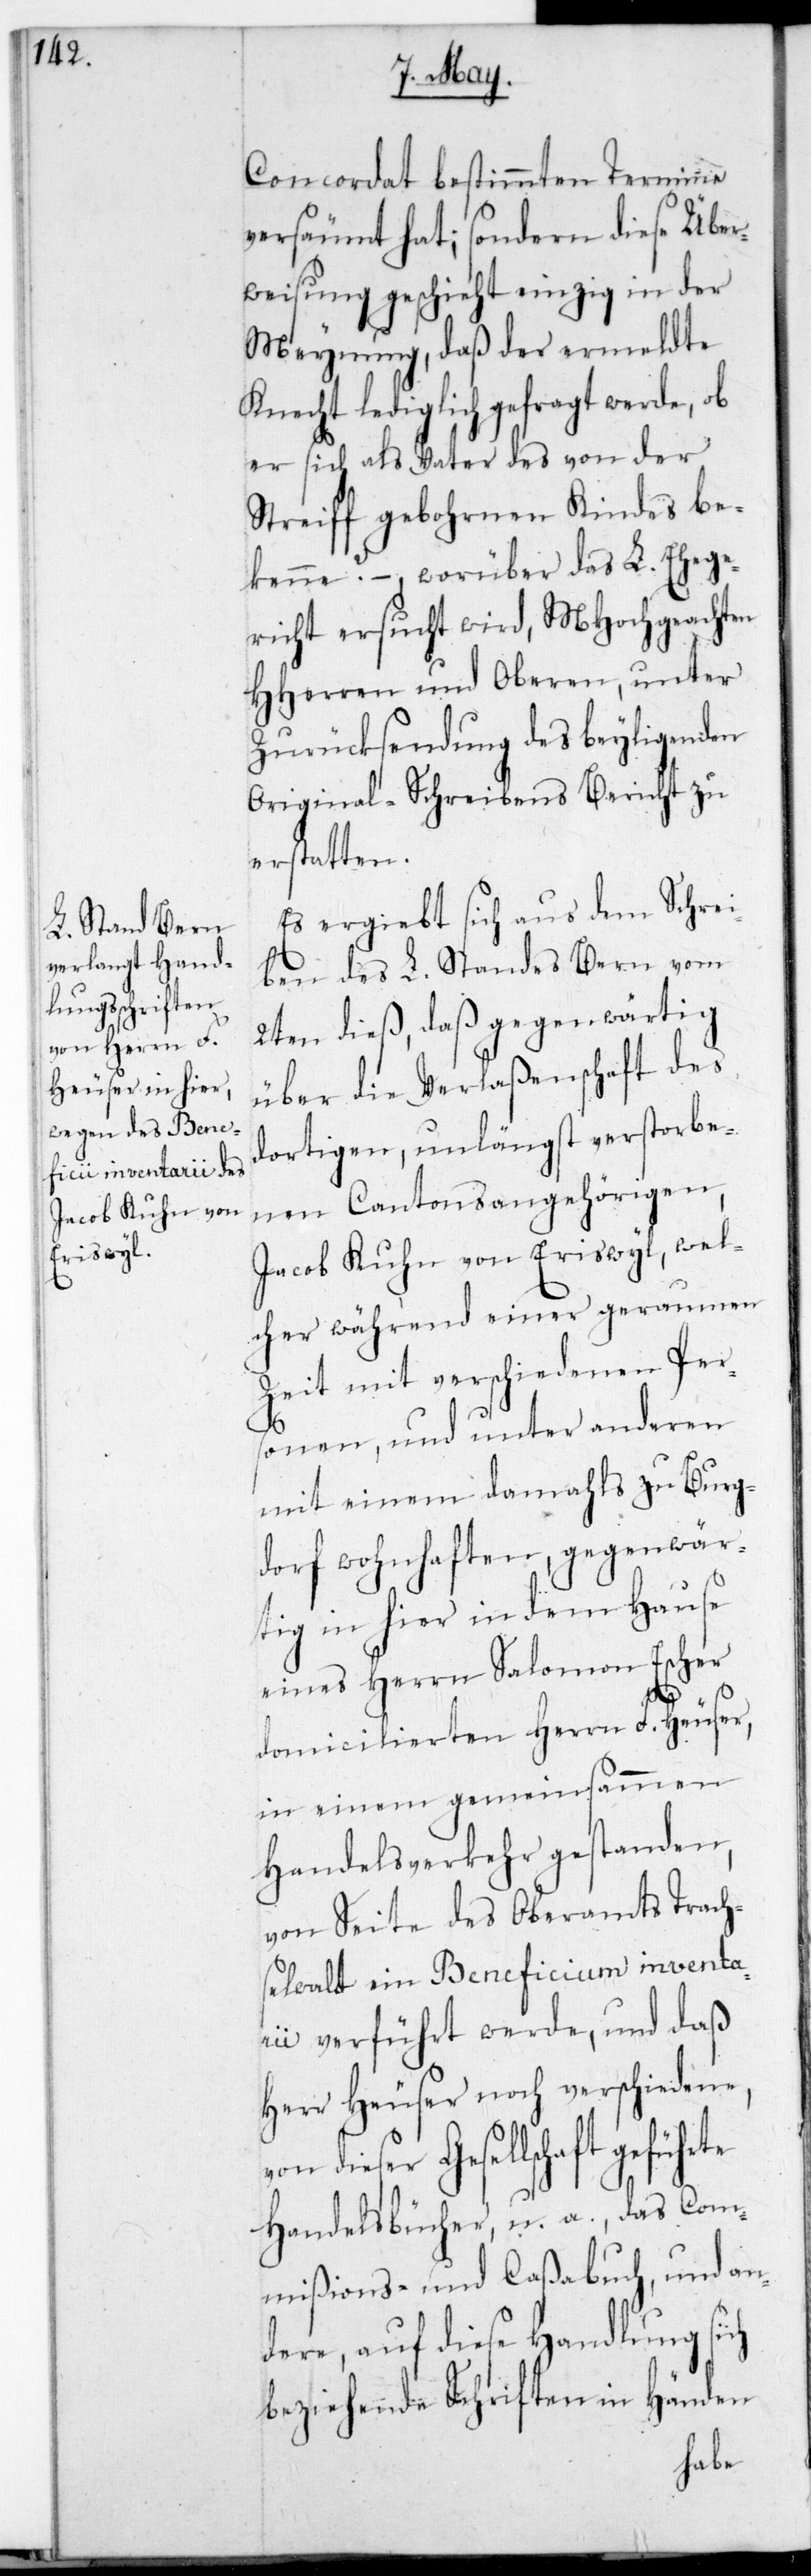
Concordat bestimmten Termine
versäumt hat; sondern diese Über¬
weisung geschieht einzig in der
Meynung, daß der ermeldte
Knecht lediglich gefragt werde, ob
er sich als Vater des von der
Streiff gebohrnen Kindes be¬
kenne? – worüber das L. Ehege¬
richt ersucht wird, MHochgeachten
HHerren und Oberen, unter
Zurücksendung des beyligenden
Original-Schreibens Bericht zu
erstatten.
Es ergibt sich aus dem Schrei¬
ben des L. Standes Bern vom
2ten dieß, daß gegenwärtig
über die Verlaßenschaft des
dortigen, unlängst verstorbe¬
nen Cantonsangehörigen,
Jacob Kuhn von Eriswyl, wel¬
cher während einer geraumen
Zeit mit verschiedenen Pers¬
onen, und unter anderen
mit einem damahls zu Burg¬
dorf wohnhaften, gegenwär¬
tig in hier in dem Hause
eines Herrn Salomon Escher
v¬
domicilierten Herrn F. Heüser,
in einem gemeinsamen
Handelsverkehr gestanden,
von Seite des Oberamts Trach¬
selwald ein Beneficium inventa¬
rii verführt werde, und daß
Herr Heüser noch verschiedene,
on dieser Gesellschaft
Handelsbücher u. a. das Com¬
mißions- und Caßabuch, und an¬
dere, auf diese Handlung sich
beziehende Schriften in Händen